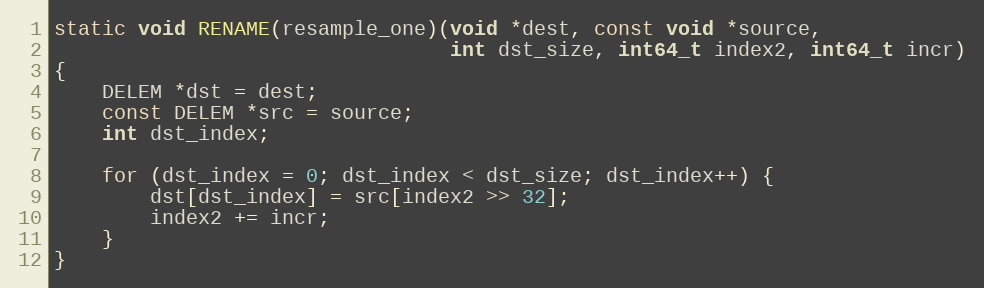
Language: C
static void RENAME(resample_one)(void *dest, const void *source,
                                 int dst_size, int64_t index2, int64_t incr)
{
    DELEM *dst = dest;
    const DELEM *src = source;
    int dst_index;

    for (dst_index = 0; dst_index < dst_size; dst_index++) {
        dst[dst_index] = src[index2 >> 32];
        index2 += incr;
    }
}